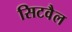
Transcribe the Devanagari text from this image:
सिटवैल